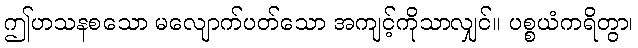
ဤဟသနစသော မလျောက်ပတ်သော အကျင့်ကိုသာလျှင်။ ပစ္စယံကရိတွာ၊